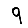
Digit: 9